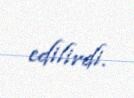
edilirdi.